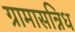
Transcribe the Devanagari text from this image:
ग्रामासन्निध